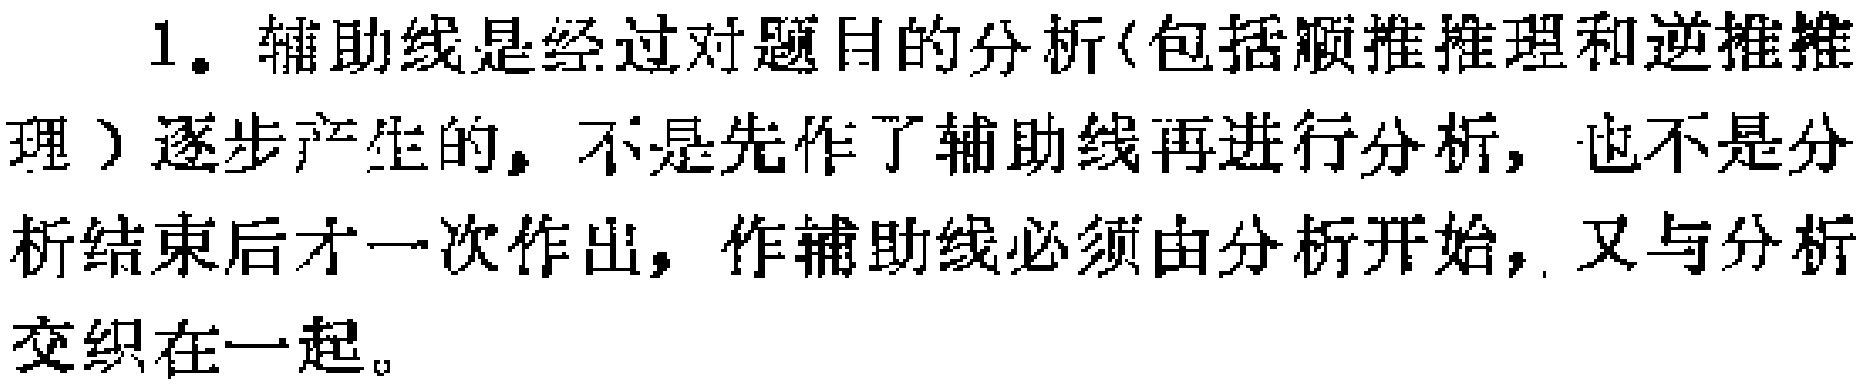
1. 辅助线是经过对题目的分析(包括顺推推理和逆推推理）逐步产生的，不是先作了辅助线再进行分析，也不是分析结束后才一次作出，作辅助线必须由分析开始，又与分析交织在一起。